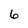
Character: 6